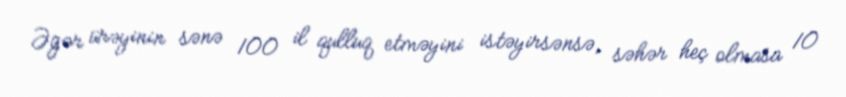
Əgər ürəyinin sənə 100 il qulluq etməyini istəyirsənsə, səhər heç olmasa 10